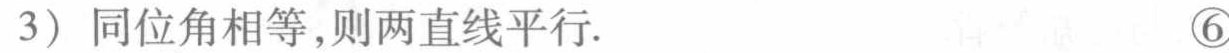
（3）同位角相等,则两直线平行. \textcircled{6}